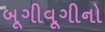
બૂગીવૂગીનો